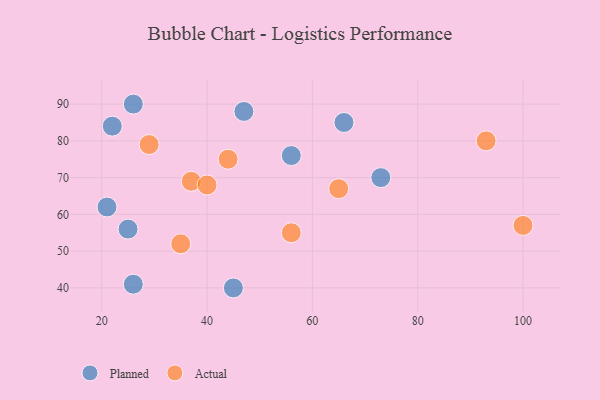
{"axis": {"x": "GDP", "y": "Life Expectancy"}, "legend": ["Actual", "Planned"], "data": [{"x": "56", "y": 76, "type": "Planned"}, {"x": "73", "y": 70, "type": "Planned"}, {"x": "26", "y": 90, "type": "Planned"}, {"x": "22", "y": 84, "type": "Planned"}, {"x": "21", "y": 62, "type": "Planned"}, {"x": "47", "y": 88, "type": "Planned"}, {"x": "45", "y": 40, "type": "Planned"}, {"x": "26", "y": 41, "type": "Planned"}, {"x": "66", "y": 85, "type": "Planned"}, {"x": "25", "y": 56, "type": "Planned"}, {"x": "35", "y": 52, "type": "Actual"}, {"x": "37", "y": 69, "type": "Actual"}, {"x": "100", "y": 57, "type": "Actual"}, {"x": "56", "y": 55, "type": "Actual"}, {"x": "65", "y": 67, "type": "Actual"}, {"x": "44", "y": 75, "type": "Actual"}, {"x": "93", "y": 80, "type": "Actual"}, {"x": "29", "y": 79, "type": "Actual"}, {"x": "40", "y": 68, "type": "Actual"}]}